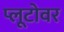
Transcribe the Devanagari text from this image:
प्लूटोवर